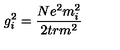
g _ { i } ^ { 2 } = \frac { N e ^ { 2 } m _ { i } ^ { 2 } } { 2 t r m ^ { 2 } }